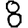
Digit: 8